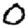
Digit: 0